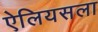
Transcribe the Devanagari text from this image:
ऐलियसला